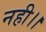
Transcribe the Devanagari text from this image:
नही।।